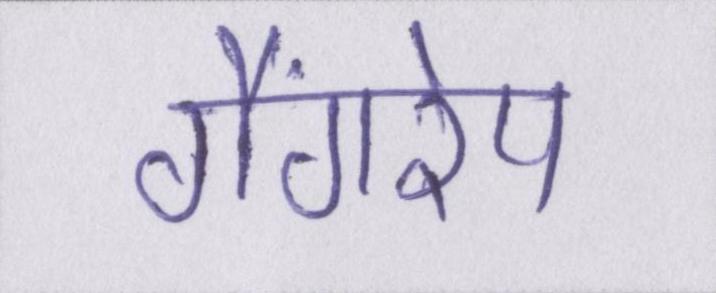
गैंगरेप